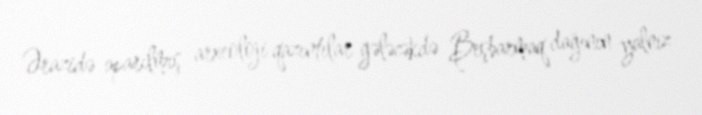
Ərazidə aparılmış arxeoloji qazıntılar gələcəkdə Beşbarmaq dağının yalnız